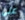
على